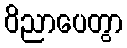
ဝိညာပေတွာ